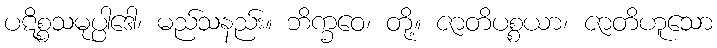
ပဋိစ္စသမုပ္ပါဒေါ၊ မည်သနည်း။ ဘိက္ခဝေ၊ တို့။ ဇာတိပစ္စယာ၊ ဇာတိဟူသော